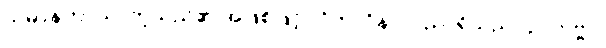
သမာနတာယ၊ တူသည်၏ အဖြစ်ဖြင့်။ ဝိဘာဝိနာ၊ ပညာရှိသည်။ ဉာတဗ္ဗာ၊